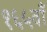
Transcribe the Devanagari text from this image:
१६५वाँ